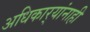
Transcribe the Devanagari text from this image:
अधिकार्‍यांनाही